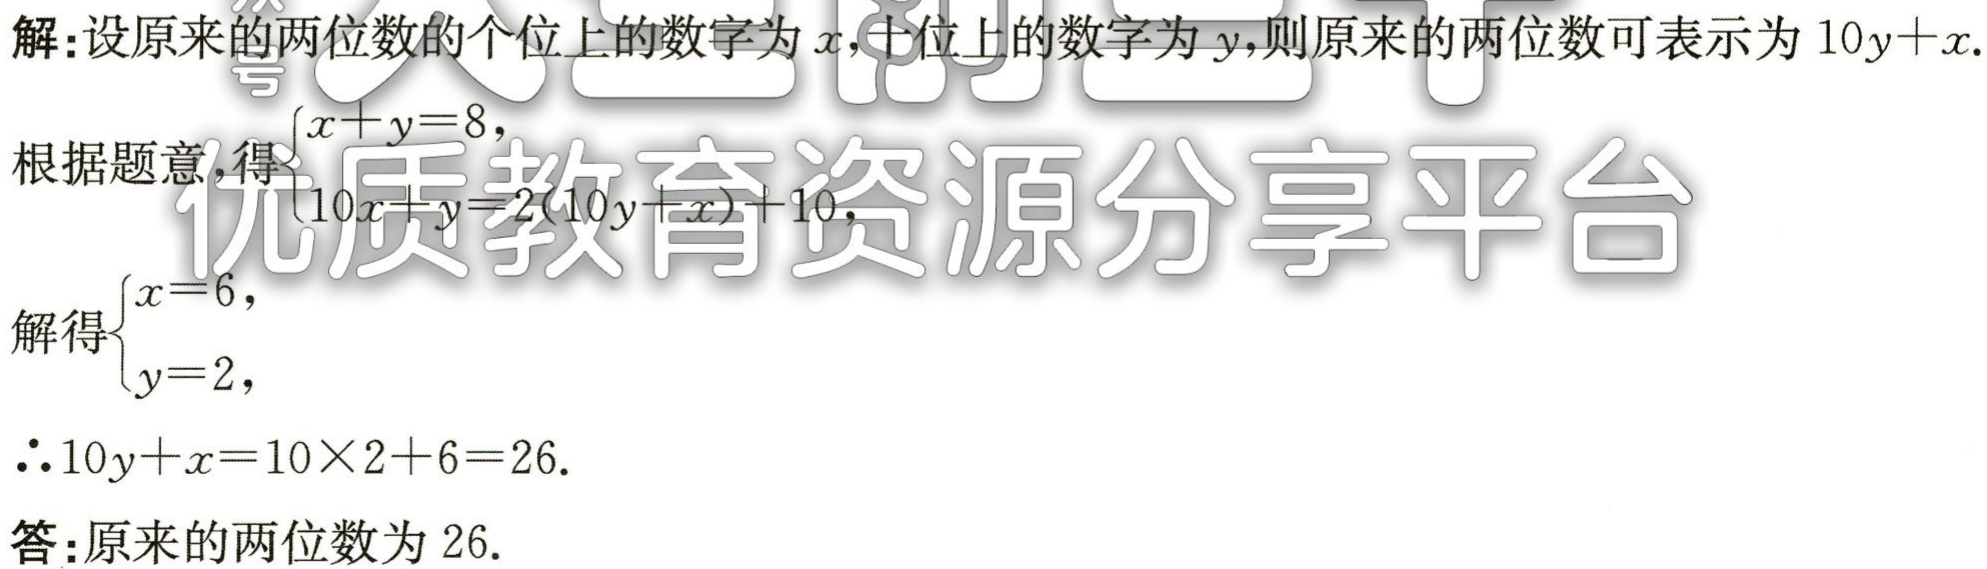
解：设原来的两位数的个位上的数字为\(x\)，十位上的数字为\(y\)，则原来的两位数可表示为\(10y + x\).

根据题意，得\(\begin{cases}x + y = 8,\\10x + y = 2(10y + x)+10.\end{cases}\)

解得\(\begin{cases}x = 6,\\y = 2,\end{cases}\)

\(\therefore 10y + x = 10\times2 + 6 = 26\).

答：原来的两位数为\(26\).